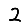
Digit: 2